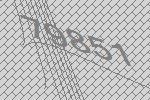
79851